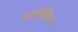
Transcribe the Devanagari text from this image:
माजोरियन